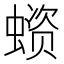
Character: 𧏗